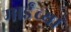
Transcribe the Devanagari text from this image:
माईंच्या